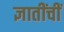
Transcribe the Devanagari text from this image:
ज्ञातींचीं